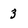
Character: 3